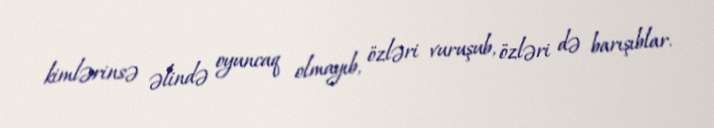
kimlərinsə əlində oyuncaq olmayıb, özləri vuruşub, özləri də barışıblar.